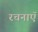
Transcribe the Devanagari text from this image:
रचनाऍ